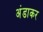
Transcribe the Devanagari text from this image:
अंडाकर